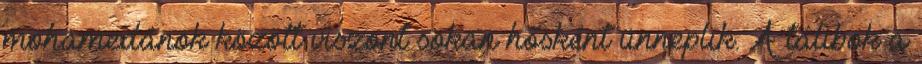
mohamedánok között viszont sokan hősként ünneplik. A tálibok a